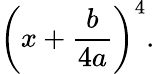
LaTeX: \left(x+{\frac{b}{4a}}\right)^{4}.